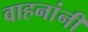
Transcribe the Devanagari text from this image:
वाहनांनी